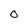
Character: O